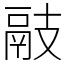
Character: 䰙